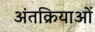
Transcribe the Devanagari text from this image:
अंतक्रियाओं